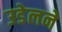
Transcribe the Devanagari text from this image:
उडेलने